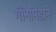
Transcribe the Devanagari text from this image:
गॅनिमिडाने